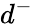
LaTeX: d^{-}